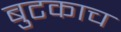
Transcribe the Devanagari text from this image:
बुटकाच